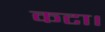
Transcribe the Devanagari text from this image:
कटा।